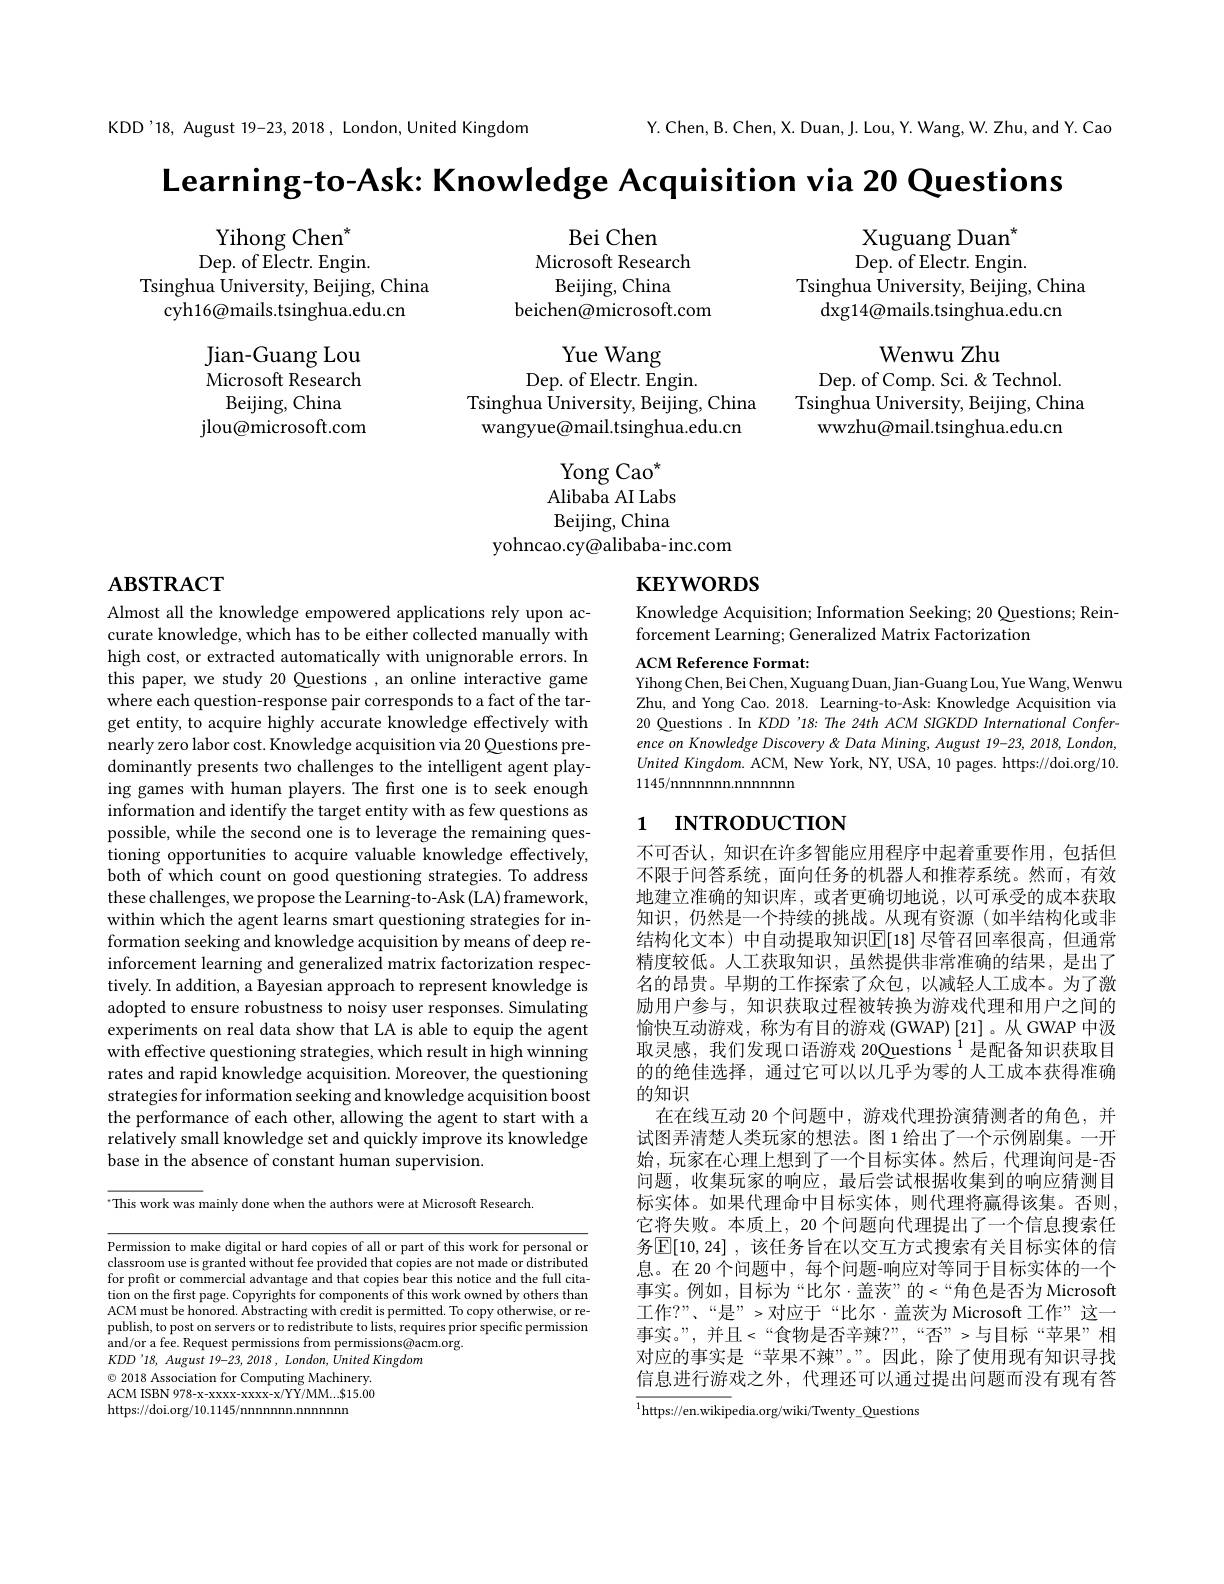
KDD'18, August 19-23, 2018, London, United Kingdom

Y.Chen, B. Chen, X. Duan, J. Lou, Y. Wang, W. Zhu, and Y. Cao

$\textbf{Learning- to- Ask: Knowledge Acquisition via 20 Questions}$

Bei Chen
Microsoft Research Beijing, China
beichen@microsoft.com

Yihong Chen$^*$ Dep. of Electr. Engin.
Tsinghua $\hat{\text{University, Beijing, China}}$
cyh16@mails.tsinghua.edu.cn

Xuguang Duan$^{*}$ ${\mathrm{Dep.~of~Electr.~Engin.}}$
Tsinghua University, Beijing, China
$\deg14\textcircled{\mathrm{mails.tsinghua.edu.cn}}$

Jian-Guang Lou Microsoft Research
Beijing, China
${\mathrm{jlou@microsoft.com}}$

Wenwu Zhu
Dep. of Comp. Sci. &Technol.
Tsinghua University, Beijing, China
wwzhu@mail.tsinghua.edu.cn

Yue Wang
Dep. of Electr. Engin.
Tsinghua University, Beijing, China wangyue@mail.tsinghua.edu.cn

Yong Cao$^*$ Alibaba AI Labs Beijing, China
yohncao.cy@alibaba-inc.com

# $\mathbf{ABSTRACT}$

# $\textbf{KEYWORDS}$

Knowledge Acquisition; Information Seeking; 20 Questions; Rein-
forcement Learning; Generalized Matrix Factorization

ACM Reference Format:
Yihong Chen, Bei Chen, Xuguang Duan, Jian-Guang Lou, Yue Wang, Wenwu Zhu, and Yong Cao. 2018. Learning-to-Ask: Knowledge Acquisition via 20 Questions . In KDD '18: The 24th ACM SIGKDD International Conference on Knowledge Discovery & Data Mining, August 19-23, 2018, London, United King$dom.$ ACM, New York, NY, USA, 10 pages. https://doi.org/10. 1145/nnnnnnnn.nnnnnn

# 1 INTRODUCTION

Almost all the knowledge empowered applications rely upon accurate knowledge, which has to be either collected manually with high cost, or extracted automatically with unignorable errors. In this paper, we study 20 Questions , an online interactive game where each question-response pair corresponds to a fact of the target entity, to acquire highly accurate knowledge effectively with nearly zero labor cost. Knowledge acquisition via 20 Questions predominantly presents two challenges to the intelligent agent playing games with human players. The frst one is to seek enough information and identify the target entity with as few questions as possible, while the second one is to leverage the remaining questioning opportunities to acquire valuable knowledge effectively, both of which count on good questioning strategies. To address these challenges, we propose the Learning-to-Ask (LA) framework, within which the agent learns smart questioning strategies for information seeking and knowledge acquisition by means of deep reinforcement learning and generalized matrix factorization respectively. In addition, a Bayesian approach to represent knowledge is adopted to ensure robustness to noisy user responses. Simulating experiments on real data show that LA is able to equip the agent with effective questioning strategies, which result in high winning rates and rapid knowledge acquisition. Moreover, the questioning strategies for information seeking and knowledge acquisition boost the performance of each other, allowing the agent to start with a relatively small knowledge set and quickly improve its knowledge base in the absence of constant human supervision.

不可否认，知识在许多智能应用程序中起着重要作用，包括但不限于问答系统，面向任务的机器人和推荐系统。然而，有效地建立准确的知识库，或者更确切地说，以可承受的成本获取知识，仍然是一个持续的挑战。从现有资源(如半结构化或非结构化文本) 中自动提取知识$\overline{\mathbb{E}}[18]$ 尽管召回率很高，但通常精度较低。人工获取知识，虽然提供非常准确的结果，是出了名的昂贵。早期的工作探索了众包，以减轻人工成本。为了激励用户参与，知识获取过程被转换为游戏代理和用户之间的愉快互动游戏，称为有目的游戏(GWAP)[21]。从 GWAP 中汲取灵感，我们发现口语游戏 20Questions $^{1}$是配备知识获取目的的绝佳选择，通过它可以以几乎为零的人工成本获得准确的知识
在在线互动 20 个问题中，游戏代理扮演猜测者的角色，并试图弄清楚人类玩家的想法。图 1 给出了一个示例剧集。一开始，玩家在心理上想到了一个目标实体。然后，代理询问是-否问题，收集玩家的响应，最后尝试根据收集到的响应猜测目标实体。如果代理命中目标实体，则代理将赢得该集。否则， 它将失败。本质上，20 个问题向代理提出了一个信息搜索任务$\mathbb{E}[10,24]$ ,该任务旨在以交互方式搜索有关目标实体的信息。在20个问题中，每个问题-响应对等同十目标实体的一个事实。例如，目标为“比尔·盖茨”的〈“角色是否为 Microsoft 工作？”、“是”>对应于“比尔·盖茨为 Microsoft 工作”这一事实。”,并且$<“$食物是否辛辣？”,“否”>与目标“苹果”相对应的事实是“苹果不辣”。”。因此，除了使用现有知识寻找信息进行游戏之外，代理还可以通过提出问题而没有现有答$\overline{^{1}\text{https://en.wikipedia.org/wiki/Twenty\_Questions}}$

$^{\cdot}$This work was mainly done when the authors were at Microsoft Research.

Permission to make digital or hard copies of all or part of this work for personal or classroom use is granted without fee provided that copies are not made or distributed for profit or commercial advantage and that copies bear this notice and the full citation on the first page. Copyrights for components of this work owned by others than ACM must be honored. Abstracting with credit is permitted. To copy otherwise, or republish, to post on servers or to redistribute to lists, requires prior specific permission and/or a fee. Request permissions from permissions@acm.org.
$KDD^{\prime }18$, August 19-23, 2018 , $London$, United Kingdom
$\odot$ 2018 Association for Computing Machinery. ACM ISBN 978-x-xxxx-xxxx-x/YY/MM...$15.00 https://doi.org/10.1145/nnnnnnn.nnnnnn